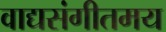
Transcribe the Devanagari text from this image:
वाद्यसंगीतमय